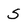
Character: S